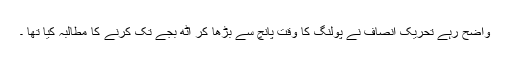
واضح رہے تحریک انصاف نے پولنگ کا وقت پانچ سے بڑھا کر آٹھ بجے تک کرنے کا مطالبہ کیا تھا ۔